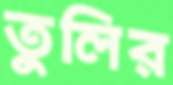
তুলির